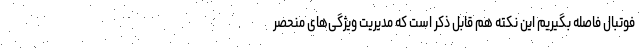
فوتبال فاصله بگیریم این نکته هم قابل ذکر است که مدیریت ویژگی‌های منحصر